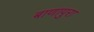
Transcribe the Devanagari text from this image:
बाणापुरा